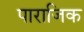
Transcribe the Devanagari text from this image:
पाराजिक